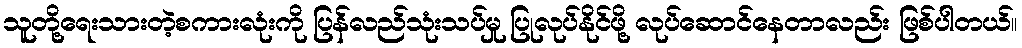
သူတို့ရေးသားတဲ့စကားလုံးကို ပြန်လည်သုံးသပ်မှု ပြုလုပ်နိုင်ဖို့ လုပ်ဆောင်နေတာလည်း ဖြစ်ပါတယ်။